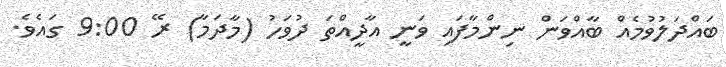
ބައްދަލުވުމެއް ބާއްވަން ނިންމާފައި ވަނީ އާދީއްތަ ދުވަހު (މާދަމާ) ރޭ 9:00 ގައެވެ.